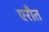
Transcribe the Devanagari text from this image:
एरौत